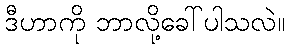
ဒီဟာကို ဘာလို့ခေါ်ပါသလဲ။